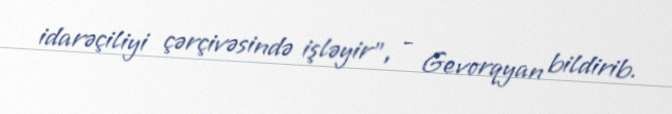
idarəçiliyi çərçivəsində işləyir", - Gevorqyan bildirib.